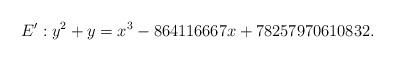
LaTeX: \begin{align*} E' : y^2 + y = x^3 - 864116667x + 78257970610832.\end{align*}